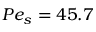
P e _ { s } = 4 5 . 7